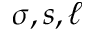
\sigma , s , \ell